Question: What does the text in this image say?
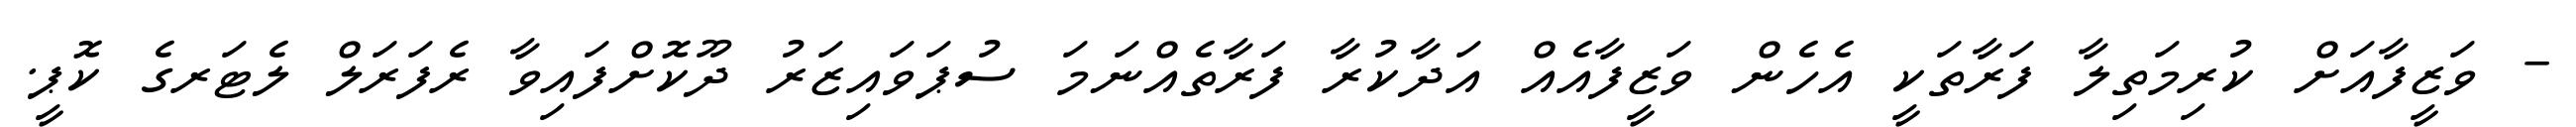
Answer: - ވަޒީފާއަށް ކުރިމަތިލާ ފަރާތަކީ އެހެން ވަޒީފާއެއް އަދާކުރާ ފަރާތެއްނަމަ ސުޕަވައިޒަރު ދޫކޮށްފައިވާ ރެފަރަލް ލެޓަރގެ ކޮޕީ.